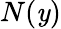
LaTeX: N(\mathit{y})